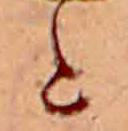
と